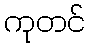
ကုတင်